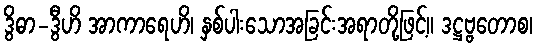
ဒွိဓာ-ဒွီဟိ အာကာရေဟိ၊ နှစ်ပါးသောအခြင်းအရာတို့ဖြင့်။ ဒဋ္ဌဗ္ဗတောစ၊